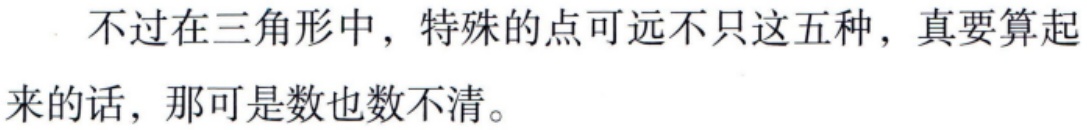
不过在三角形中，特殊的点可远不只这五种，真要算起来的话，那可是数也数不清。